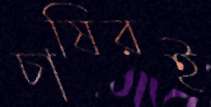
চাষিরই